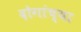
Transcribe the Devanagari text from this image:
दोगांच्या